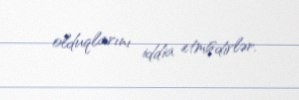
olduqlarını iddia etmişdirlər.